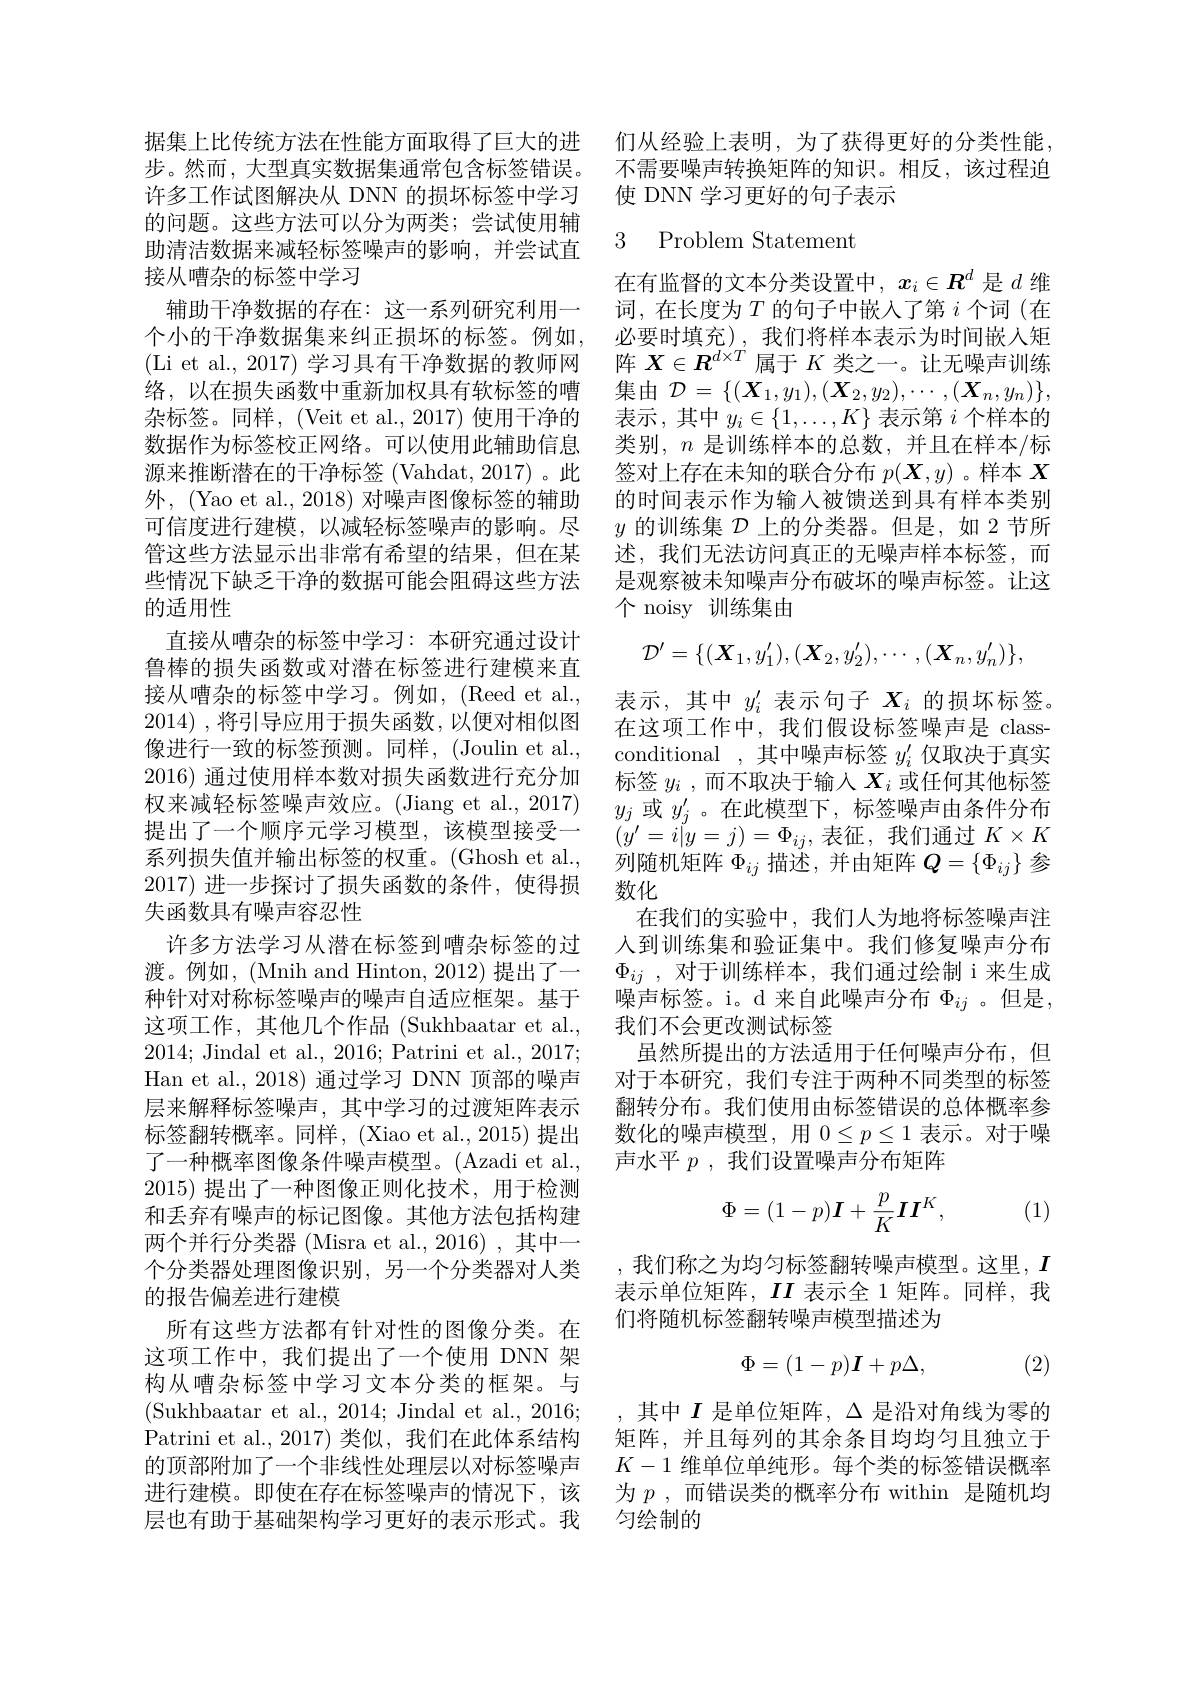
许多工作试图解决从 DNN 的损坏标签中学习的问题。这些方法可以分为两类；尝试使用辅助清洁数据来减轻标签噪声的影响，并尝试直接从嘈杂的标签中学习
辅助干净数据的存在：这一系列研究利用一个小的干净数据集来纠正损坏的标签。例如， (Li et al., 2017) 学习具有干净数据的教师网络，以在损失函数中重新加权具有软标签的嘈杂标签。同样，(Veit et al., 2017) 使用干净的数据作为标签校正网络。可以使用此辅助信息源来推断潜在的干净标签 (Vahdat, 2017) 。此外，(Yao et al., 2018) 对噪声图像标签的辅助可信度进行建模，以减轻标签噪声的影响。尽管这些方法显示出非常有希望的结果，但在某些情况下缺乏干净的数据可能会阻碍这些方法的适用性
直接从嘈杂的标签中学习：本研究通过设计鲁棒的损失函数或对潜在标签进行建模来直接从嘈杂的标签中学习。例如，(Reed et al., 2014) ,将引导应用于损失函数，以便对相似图像进行一致的标签预测。同样，(Joulin et al., 2016) 通过使用样本数对损失函数进行充分加权来减轻标签噪声效应。(Jiang et al., 2017) 提出了一个顺序元学习模型，该模型接受一系列损失值并输出标签的权重。(Ghosh et al., 2017)进一步探讨了损失函数的条件，使得损失函数具有噪声容忍性
许多方法学习从潜在标签到嘈杂标签的过渡。例如，(Mnih and Hinton, 2012) 提出了一种针对对称标签噪声的噪声自适应框架。基于这项工作，其他几个作品(Sukhbaatar et al., 2014; Jindal et al., 2016; Patrini et al., 2017; Han et al., 2018) 通过学习 DNN 顶部的噪声层来解释标签噪声，其中学习的过渡矩阵表示标签翻转概率。同样，(Xiao et al., 2015) 提出了一种概率图像条件噪声模型。(Azadi et al., 2015)提出了一种图像正则化技术，用于检测和丢弃有噪声的标记图像。其他方法包括构建两个并行分类器 (Misra et al., 2016) , 其中一个分类器处理图像识别，另一个分类器对人类的报告偏差进行建模
所有这些方法都有针对性的图像分类。在这项工作中，我们提出了一个使用 DNN 架构从嘈杂标签中学习文本分类的框架。与(Sukhbaatar et al., 2014; Jindal et al., 2016; Patrini et al., 2017) 类似，我们在此体系结构的顶部附加了一个非线性处理层以对标签噪声进行建模。即使在存在标签噪声的情况下，该 为$p$ ,而错误类的概率分布 within 是随机均
层也有助于基础架构学习更好的表示形式。我 匀绘制的

据集上比传统方法在性能方面取得了巨大的进 们从经验上表明，为了获得更好的分类性能， 步。然而，大型真实数据集通常包含标签错误。不需要噪声转换矩阵的知识。相反，该过程迫
使 DNN 学习更好的句子表示

## 3 Problem Statement

在有监督的文本分类设置中，$x_i\in\boldsymbol{R}^d$是$d$维词，在长度为$T$的句子中嵌入了第$i$个词(在必要时填充),我们将样本表示为时间嵌入矩阵$X\in\boldsymbol{R}^{d\times T}$属于$K$类之一。让无噪声训练集由$\mathcal{D}=\{(\boldsymbol{X}_1,y_1),(\boldsymbol{X}_2,y_2),\cdots,(\boldsymbol{X}_n,y_n)\}$, 表示，其中$y_i\in\{1,\ldots,K\}$表示第$i$个样本的类别，$n$是训练样本的总数，并且在样本/标签对上存在未知的联合分布$p(\boldsymbol{X},y)$ 。样本$X$ 的时间表示作为输入被馈送到具有样本类别$y$的训练集$\mathcal{D}$上的分类器。但是，如 2 节所述，我们无法访问真正的无噪声样本标签，而是观察被未知噪声分布破坏的噪声标签。让这个 noisy 训练集由
$$\mathcal{D}'=\{(\boldsymbol{X}_1,y_1'),(\boldsymbol{X}_2,y_2'),\cdots,(\boldsymbol{X}_n,y_n')\},$$
表示，其中$y_i^{\prime}$表示句子$X_i$的损坏标签。在这项工作中，我们假设标签噪声是 classconditional ,其中噪声标签$y_i^{\prime}$仅取决于真实标签$y_i$ ,而不取决于输入$X_i$或任何其他标签$y_j$或$y_j^\prime$。在此模型下，标签噪声由条件分布$(y'=i|y=j)=\Phi_{ij}$,表征，我们通过$K\times K$ 列随机矩阵$\Phi_ij$描述，并由矩阵$Q=\left\{\Phi_{ij}\right\}$参数化
在我们的实验中，我们人为地将标签噪声注人到训练集和验证集中。我们修复噪声分布$\Phi _{ij}$ , 对于训练样本，我们通过绘制 i 来生成噪声标签。i。d 来自此噪声分布 $\Phi_{ij}$ 。但是， 我们不会更改测试标签
虽然所提出的方法适用于任何噪声分布，但对于本研究，我们专注于两种不同类型的标签翻转分布。我们使用由标签错误的总体概率参数化的噪声模型，用$0\leq p\leq1$表示。对于噪声水平$p$ ,我们设置噪声分布矩阵
$$\Phi=(1-p)\boldsymbol{I}+\frac{p}{K}\boldsymbol{I}\boldsymbol{I}^K,$$
(1)

,我们称之为均匀标签翻转噪声模型。这里，$I$ 表示单位矩阵，$II$表示全 1 矩阵。同样，我们将随机标签翻转噪声模型描述为
$$\Phi=(1-p)\boldsymbol{I}+p\Delta,$$
(2)

,其中$I$是单位矩阵，$\Delta$是沿对角线为零的矩阵，并且每列的其余条目均均匀且独立于$K-1$维单位单纯形。每个类的标签错误概率